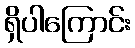
ရှိပါကြောင်း